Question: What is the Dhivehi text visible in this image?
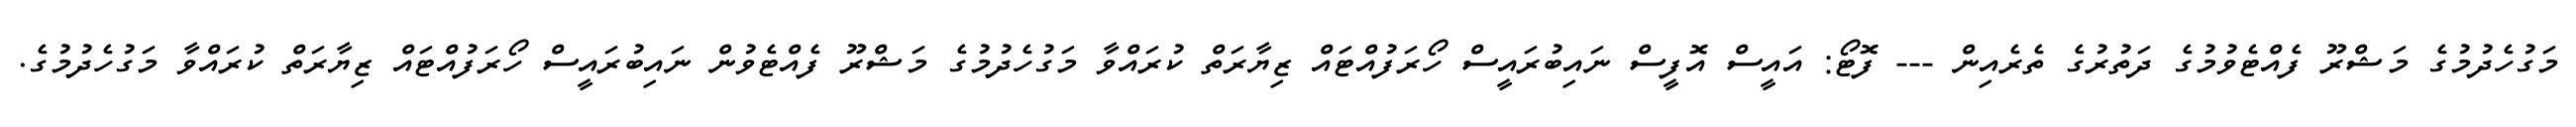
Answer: މަގުހެދުމުގެ މަޝްރޫ ފެއްޓެވުމުގެ ދަތުރުގެ ތެރެއިން --- ފޮޓޯ: އައީސް އޮފީސް ނައިބުރައީސް ހޯރަފުއްޓައް ޒިޔާރަތް ކުރައްވާ މަގުހެދުމުގެ މަޝްރޫ ފެއްޓެވުން ނައިބުރައީސް ހޯރަފުއްޓައް ޒިޔާރަތް ކުރައްވާ މަގުހެދުމުގެ.